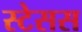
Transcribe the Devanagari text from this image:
स्टेसस